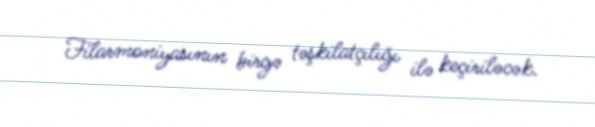
Filarmoniyasının birgə təşkilatçılığı ilə keçiriləcək.